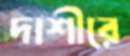
দাশীরে